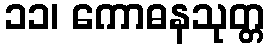
၁၁၊ ကောဓနသုတ္တ